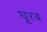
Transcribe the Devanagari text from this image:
घूरब